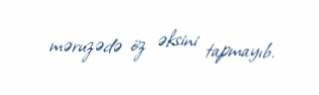
məruzədə öz əksini tapmayıb.